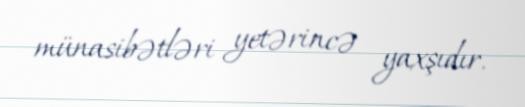
münasibətləri yetərincə yaxşıdır.